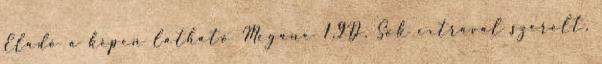
Eladó a képen látható Megane 1.9D, Sok extrával szerelt,